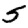
Digit: 5